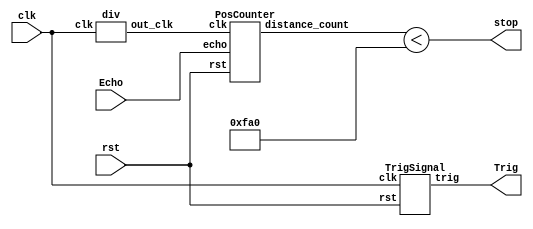
module sonic_top(clk, rst, Echo, Trig, stop);
	input clk, rst, Echo;
	output Trig, stop;

	wire[19:0] dis;
	wire[19:0] d;
    wire clk1M;
	wire clk_2_17;

    div clk1(clk ,clk1M);
	TrigSignal u1(.clk(clk), .rst(rst), .trig(Trig));
	PosCounter u2(.clk(clk1M), .rst(rst), .echo(Echo), .distance_count(dis));

    // [TO-DO] calculate the right distance to trig stop(triggered when the distance is lower than 40 cm)
    // Hint: using "dis"
    assign stop = (dis < 20'd4000);
 
endmodule

module PosCounter(clk, rst, echo, distance_count); 
    input clk, rst, echo;
    output[19:0] distance_count;

    parameter S0 = 2'b00;
    parameter S1 = 2'b01; 
    parameter S2 = 2'b10;
    
    wire start, finish;
    reg[1:0] curr_state, next_state;
    reg echo_reg1, echo_reg2;
    reg[19:0] count, next_count, distance_register, next_distance;
    wire[19:0] distance_count; 

    always@(posedge clk) begin
        if(rst) begin
            echo_reg1 <= 1'b0;
            echo_reg2 <= 1'b0;
            count <= 20'b0;
            distance_register <= 20'b0;
            curr_state <= S0;
        end
        else begin
            echo_reg1 <= echo;   
            echo_reg2 <= echo_reg1; 
            count <= next_count;
            distance_register <= next_distance;
            curr_state <= next_state;
        end
    end

    always @(*) begin
        case(curr_state)
            S0: begin
                next_distance = distance_register;
                if (start) begin
                    next_state = S1;
                    next_count = count;
                end else begin
                    next_state = curr_state;
                    next_count = 20'b0;
                end 
            end
            S1: begin
                next_distance = distance_register;
                if (finish) begin
                    next_state = S2;
                    next_count = count;
                end else begin
                    next_state = curr_state;
                    next_count = count + 1'b1;
                end 
            end
            S2: begin
                next_distance = count;
                next_count = 20'b0;
                next_state = S0;
            end
            default: begin
                next_distance = 20'b0;
                next_count = 20'b0;
                next_state = S0;
            end
        endcase
    end

    assign distance_count = distance_register * 20'd100 / 20'd58; 
    assign start = echo_reg1 & ~echo_reg2;  
    assign finish = ~echo_reg1 & echo_reg2; 
endmodule

module TrigSignal(clk, rst, trig);
    input clk, rst;
    output trig;

    reg trig, next_trig;
    reg[23:0] count, next_count;

    always @(posedge clk, posedge rst) begin
        if (rst) begin
            count <= 24'b0;
            trig <= 1'b0;
        end
        else begin
            count <= next_count;
            trig <= next_trig;
        end
    end

    always @(*) begin
        next_trig = trig;
        next_count = count + 1'b1;
        if(count == 24'd999)
            next_trig = 1'b0;
        else if(count == 24'd9999999) begin
            next_trig = 1'b1;
            next_count = 24'd0;
        end
    end
endmodule

module div(clk ,out_clk);
    input clk;
    output out_clk;
    reg out_clk;
    reg [6:0]cnt;
    
    always @(posedge clk) begin   
        if(cnt < 7'd50) begin
            cnt <= cnt + 1'b1;
            out_clk <= 1'b1;
        end 
        else if(cnt < 7'd100) begin
	        cnt <= cnt + 1'b1;
	        out_clk <= 1'b0;
        end
        else if(cnt == 7'd100) begin
            cnt <= 7'b0;
            out_clk <= 1'b1;
        end
        else begin 
            cnt <= 7'b0;
            out_clk <= 1'b1;
        end
    end
endmodule